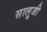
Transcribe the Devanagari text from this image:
सालूजी